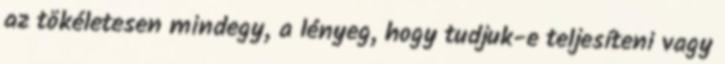
az tökéletesen mindegy, a lényeg, hogy tudjuk-e teljesíteni vagy